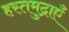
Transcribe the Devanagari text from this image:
हस्तमुद्राएँ